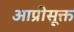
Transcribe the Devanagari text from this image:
आप्रीसूक्त